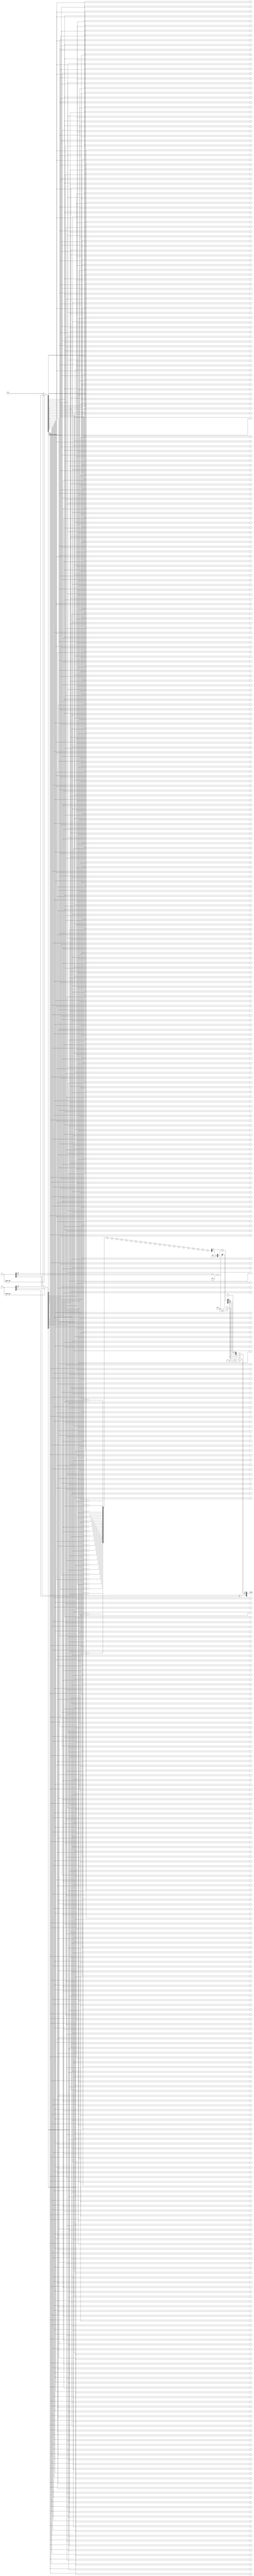
module floating_point_wallace_multiplier(
    input [31:0] A, // Input floating-point number A
    input [31:0] B, // Input floating-point number B
    output reg [31:0] product // Output floating-point number product
);

    // IEEE 754 components
    wire sign_a = A[31];
    wire sign_b = B[31];
    wire [7:0] exponent_a = A[30:23]; // 8 bits for exponent
    wire [7:0] exponent_b = B[30:23];
    wire [22:0] mantissa_a = A[22:0]; // 23 bits for mantissa
    wire [22:0] mantissa_b = B[22:0];

    // Normalize mantissa
    wire [23:0] norm_mantissa_a = (A != 0) ? {1'b1, mantissa_a} : 24'b0; // Implicit leading 1
    wire [23:0] norm_mantissa_b = (B != 0) ? {1'b1, mantissa_b} : 24'b0; // Implicit leading 1

    // Generate partial products
    wire [47:0] partial_products[0:22]; // Store partial products
    genvar i, j;
    generate
        for (i = 0; i < 23; i = i + 1) begin : pp_gen
            for (j = 0; j < 23; j = j + 1) begin : pp_gen_inner
                assign partial_products[i][i + j] = norm_mantissa_a[i] & norm_mantissa_b[j];
            end
        end
    endgenerate

    // Wallace Tree Reduction
    // Here we will use a simple structure; a more complete implementation may require additional logic
    wire [47:0] sum[0:22];
    wire [47:0] carry[0:22];

    // Initial summation of partial products
    assign sum[0] = partial_products[0];
    assign carry[0] = 48'b0;

    for (i = 1; i < 23; i = i + 1) begin
        assign {carry[i], sum[i]} = sum[i-1] + partial_products[i];
    end

    // Final addition
    wire [47:0] final_sum = sum[22] + carry[22];

    // Exponent calculation
    wire [8:0] exponent_result = exponent_a + exponent_b - 8'd127; // Adjust for bias
    wire [7:0] adjusted_exponent = (exponent_result > 8'd255) ? 8'd255 : exponent_result; // Handle overflow

    // Sign calculation
    wire sign_result = sign_a ^ sign_b;

    // Normalize final mantissa
    wire [22:0] final_mantissa = final_sum[46:24]; // Take the leading bits for mantissa
    reg [22:0] normalized_mantissa;
    reg [7:0] final_exponent;

    always @(*) begin
        if (final_sum[47]) begin // If the leading bit is 1
            normalized_mantissa = final_mantissa;
            final_exponent = adjusted_exponent + 1; // Adjust exponent
        end else begin
            normalized_mantissa = final_mantissa >> 1; // Shift right for normalization
            final_exponent = adjusted_exponent; // No adjustment needed
        end

        // Construct final product
        product = {sign_result, final_exponent, normalized_mantissa};
    end

endmodule